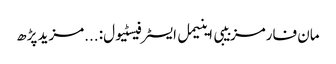
مان فارمز بیبی اینیمل ایسٹر فیسٹیول:	...مزید پڑھ